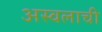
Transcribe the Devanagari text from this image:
अस्वलाची